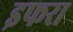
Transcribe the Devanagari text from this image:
इफरा